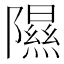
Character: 隰